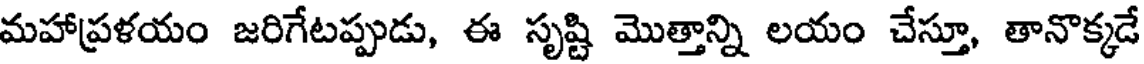
మహాప్రళయం జరిగేటప్పుడు, ఈ సృష్టి మొత్తాన్ని లయం చేస్తూ, తానొక్కడే